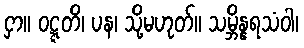
ငှာ။ ဝဋ္ဋတိ၊ ပန၊ သို့မဟုတ်။ သမ္ဘိန္နရသံဝါ၊